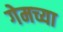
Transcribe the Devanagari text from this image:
गेमच्या